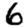
Digit: 6